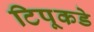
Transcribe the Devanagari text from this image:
टिपूकडे